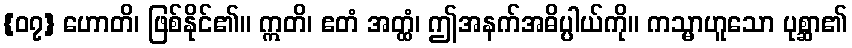
{၀၇} ဟောတိ၊ ဖြစ်နိုင်၏။ ဣတိ၊ ဧတံ အတ္ထံ၊ ဤအနက်အဓိပ္ပါယ်ကို။ ကသ္မာဟူသော ပုစ္ဆာ၏